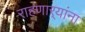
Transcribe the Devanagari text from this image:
राहणार्‍यांना